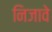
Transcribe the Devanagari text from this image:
निजावे